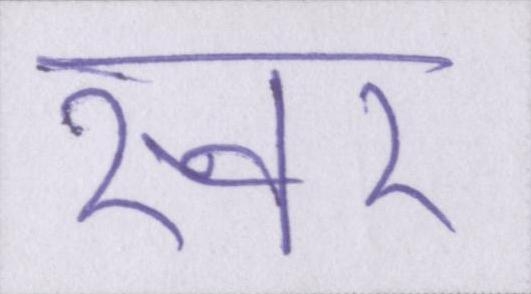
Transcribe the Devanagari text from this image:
स्वर